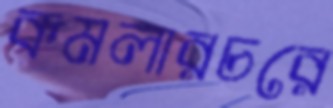
কমলারচরে